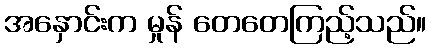
အနှောင်းက မှုန် တေတေကြည့်သည်။